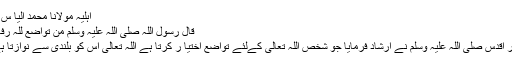
اہلیہ مولانا محمد الیا س گھمن
قال رسول اللہ صلی اللہ علیہ وسلم من تواضع للہ رفعہ اللہ
حضور اقدس صلی اللہ علیہ وسلم نے ارشاد فرمایا جو شخص اللہ تعالیٰ کےلئے تواضع اختیا ر کرتا ہے اللہ تعالیٰ اس کو بلندی سے نوازتا ہےہیں۔